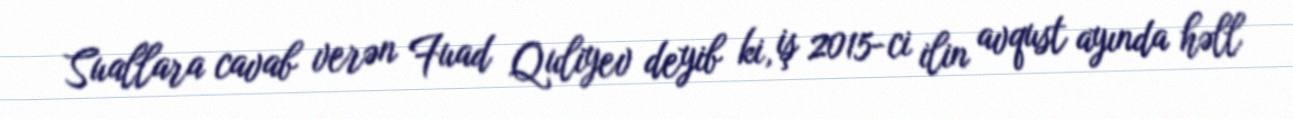
Suallara cavab verən Fuad Quliyev deyib ki, iş 2015-ci ilin avqust ayında həll